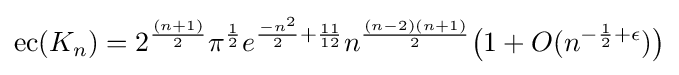
\operatorname {ec} (K_{n})=2^{\frac {(n+1)}{2}}\pi ^{\frac {1}{2}}e^{{\frac {-n^{2}}{2}}+{\frac {11}{12}}}n^{\frac {(n-2)(n+1)}{2}}{\bigl (}1+O(n^{-{\frac {1}{2}}+\epsilon }){\bigr )}